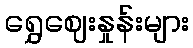
ရွှေဈေးနှုန်းများ